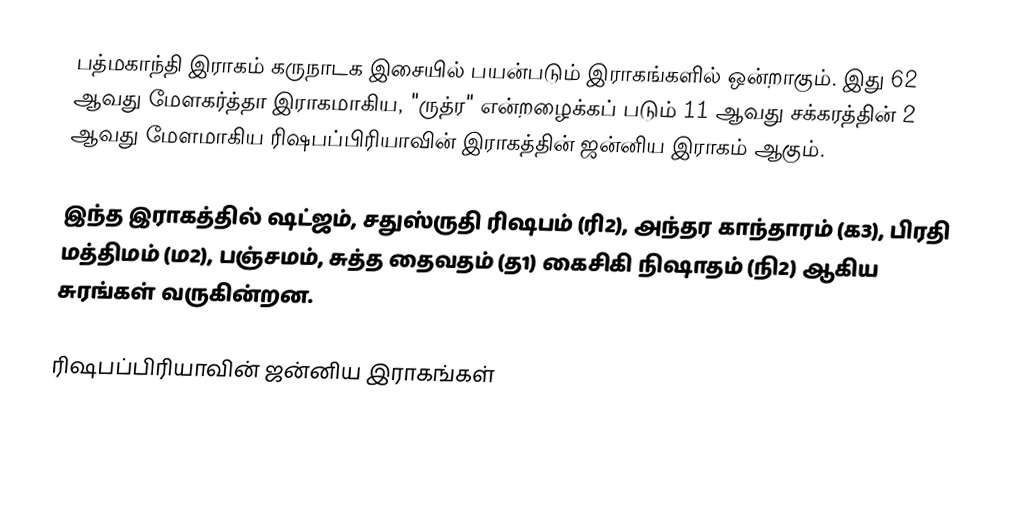
பத்மகாந்தி இராகம் கருநாடக இசையில் பயன்படும் இராகங்களில் ஒன்றாகும். இது 62 ஆவது மேளகர்த்தா இராகமாகிய, "ருத்ர" என்றழைக்கப் படும் 11 ஆவது சக்கரத்தின் 2 ஆவது மேளமாகிய ரிஷபப்பிரியாவின் இராகத்தின் ஜன்னிய இராகம் ஆகும்.

இந்த இராகத்தில் ஷட்ஜம், சதுஸ்ருதி ரிஷபம் (ரி2),  அந்தர காந்தாரம் (க3), பிரதி மத்திமம் (ம2), பஞ்சமம்,  சுத்த தைவதம் (த1) கைசிகி நிஷாதம்  (நி2) ஆகிய சுரங்கள் வருகின்றன.

ரிஷபப்பிரியாவின் ஜன்னிய இராகங்கள்